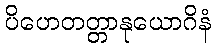
ပိဟေတတ္တာနုယောဂိနံ